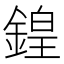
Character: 鍠